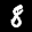
Label: 8